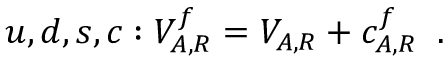
u , d , s , c : V _ { A , R } ^ { f } = V _ { A , R } + c _ { A , R } ^ { f } \; \; .